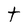
Character: t